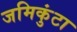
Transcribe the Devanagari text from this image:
जमिकुंटा